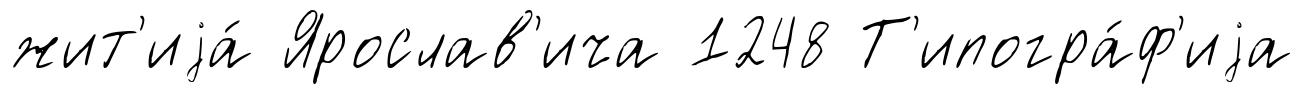
жит'иjа́ Ярослав'ича 1248 Т'ипогра́ф'иjа